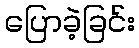
ပြောခဲ့ခြင်း